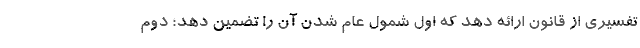
تفسیری از قانون ارائه دهد که اول شمول عام شدن آن را تضمین دهد؛ دوم